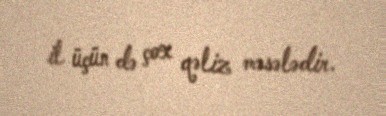
il üçün də çox qəliz məsələdir.